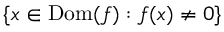
\{ x \in \operatorname { D o m } ( f ) : f ( x ) \neq 0 \}